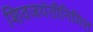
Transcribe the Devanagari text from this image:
शिवजयंतीनिमित्त